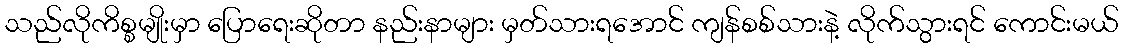
သည်လိုကိစ္စမျိုးမှာ ပြောရေးဆိုတာ နည်းနာများ မှတ်သားရအောင် ကျန်စစ်သားနဲ့ လိုက်သွားရင် ကောင်းမယ်